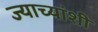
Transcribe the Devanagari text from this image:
ज्याच्यांशी